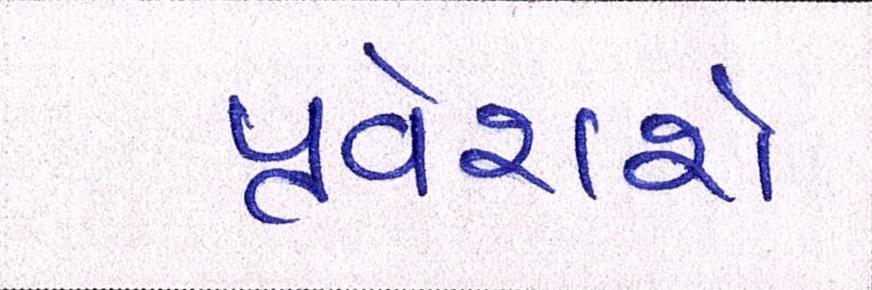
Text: પ્રવેશશે